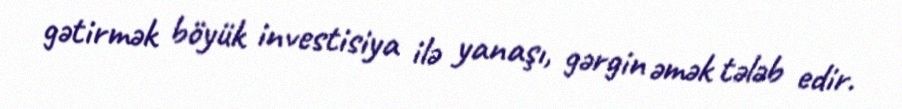
gətirmək böyük investisiya ilə yanaşı, gərgin əmək tələb edir.